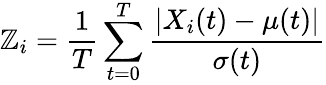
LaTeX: \mathbb{Z}_{i}=\frac{{1}}{{T}}\sum_{t=0}^{T}\frac{{|X_{i}(t)-\mu(t)|}}{{\sigma(t)}}